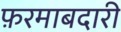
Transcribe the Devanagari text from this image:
फ़रमाबदारी